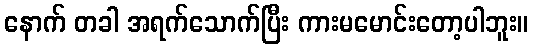
နောက် တခါ အရက်သောက်ပြီး ကားမမောင်းတော့ပါဘူး။